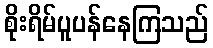
စိုးရိမ်ပူပန်နေကြသည်